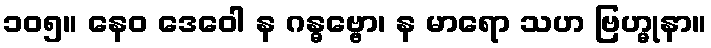
၁၀၅။ နေဝ ဒေဝေါ န ဂန္ဓဗ္ဗော၊ န မာရော သဟ ဗြဟ္မုနာ။